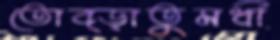
তোব্‌ড়াতুমধী